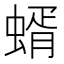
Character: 蝑